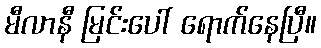
မီလာနီ မြင်းပေါ် ရောက်နေပြီ။